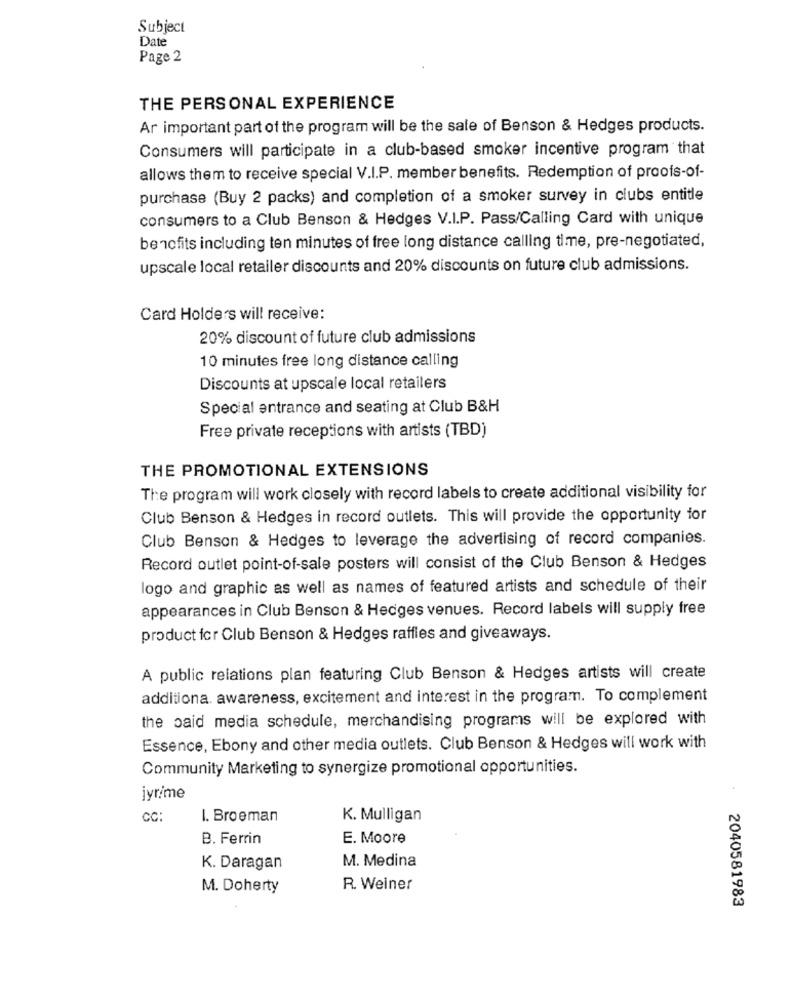
Subject
Date
Page 2
THE PERSONAL EXPERIENCE
Ar important part of the program will be the sale of Benson & Hedges products.
Consumers will participate in a club-based smoker incentive program that
allows them to receive special V.I.P. member benefits. Redemption of proofs-of-
purchase (Buy 2 packs) and completion of a smoker survey in clubs entitle
consumers to a Club Benson & Hedges V.I.P. Pass/Calling Card with unique
benefits including ten minutes of free long distance calling time, pre-negotiated,
upscale local retailer discounts and 20% discounts on future club admissions.
Card Holders will receive:
20% discount of future club admissions
10 minutes free long distance calling
Discounts at upscale local retailers
Special entrance and seating at Club B&H
Free private receptions with artists (TBD)
THE PROMOTIONAL EXTENSIONS
The program will work closely with record labels to create additional visibility for
Club Benson & Hedges in record outlets. This will provide the opportunity for
Club Benson & Hedges to leverage the advertising of record companies.
Record outlet point-of-sale posters will consist of the Club Benson & Hedges
logo and graphic as well as names of featured artists and schedule of their
appearances in Club Benson & Hedges venues. Record labels will supply free
product for Club Benson & Hedges raffles and giveaways.
A public relations plan featuring Club Benson & Hedges artists will create
additiona. awareness, excitement and interest in the program. To complement
the paid media schedule, merchandising programs will be explored with
Essence, Ebony and other media outlets. Club Benson & Hedges will work with
Community Marketing to synergize promotional opportunities.
jyrime
CC:
I. Broeman
K. Mulligan
B. Ferrin
E. Moore
M. Medina
K. Daragan
M. Doherty
R. Weiner
2040581983